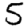
Digit: 5